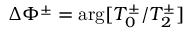
\Delta \Phi ^ { \pm } = \arg [ T _ { 0 } ^ { \pm } / T _ { 2 } ^ { \pm } ]